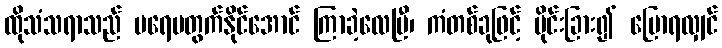
ထိုသံသရာသည် မရေမတွက်နိုင်အောင် ကြာခဲ့လေပြီ၊ ကံတစ်ခုဖြင့် ပိုင်းခြား၍ ပြောရလျှင်